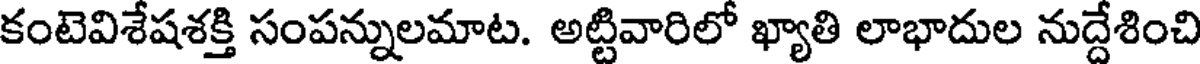
కంటెవిశేషశక్తి సంపన్నులమాట. అట్టివారిలో ఖ్యాతి లాభాదుల నుద్దేశించి